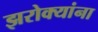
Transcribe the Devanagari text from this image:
झरोक्यांना